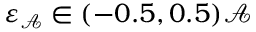
\varepsilon _ { \mathcal { A } } \in ( - 0 . 5 , 0 . 5 ) \mathcal { A }